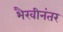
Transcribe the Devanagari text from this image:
भैरवीनंतर